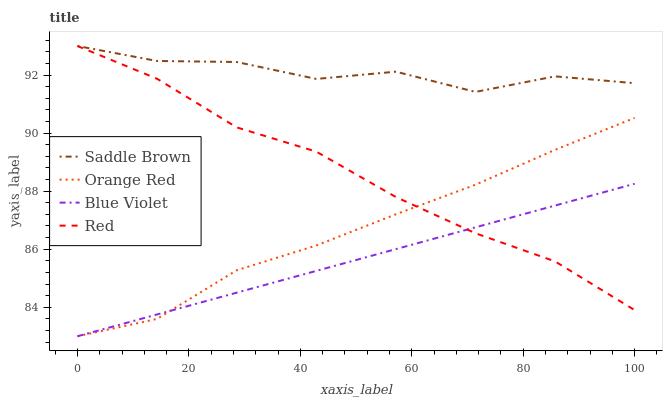
| xaxis_label | Saddle Brown | Orange Red | Blue Violet | Red |
 | --- | --- | --- | --- | --- |
 | 0 | 93 | 83 | 83 | 93 |
 | 14.3 | 92.5 | 83.6 | 83.8 | 91.9 |
 | 28.6 | 92.4 | 85.3 | 84.5 | 90.2 |
 | 42.9 | 91.9 | 86.1 | 85.3 | 89.4 |
 | 57.1 | 92.1 | 87.2 | 86 | 87.8 |
 | 71.4 | 91.4 | 88.2 | 86.8 | 86.5 |
 | 85.7 | 92 | 89.4 | 87.5 | 85.6 |
 | 100 | 91.7 | 90.5 | 88.3 | 83.9 |